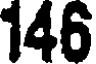
146